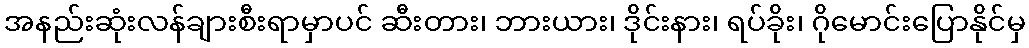
အနည်းဆုံးလန်ချားစီးရာမှာပင် ဆီးတား၊ ဘားယား၊ ဒိုင်းနား၊ ရပ်ခိုး၊ ဂိုမောင်းပြောနိုင်မှ